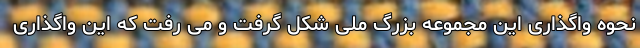
نحوه واگذاری این مجموعه بزرگ ملی شکل گرفت و می رفت که این واگذاری